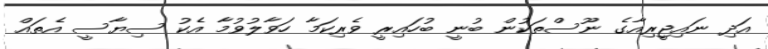
އަދި ނައިޖީރިއާގެ ނޫސްތަކުން ބުނީ ބުހައިރީ ވެރިކަމާ ހަވާލުވުމާ އެކު ސިޔާސީ އެތައް